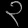
Digit: ၃